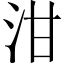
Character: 泔